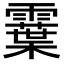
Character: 𩆏